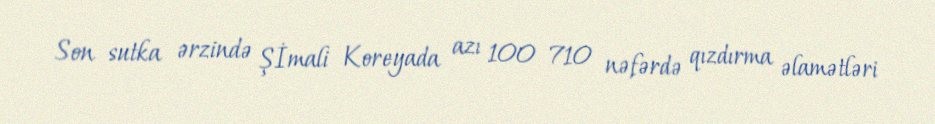
Son sutka ərzində Şİmali Koreyada azı 100 710 nəfərdə qızdırma əlamətləri